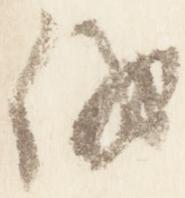
儀